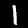
Label: 1